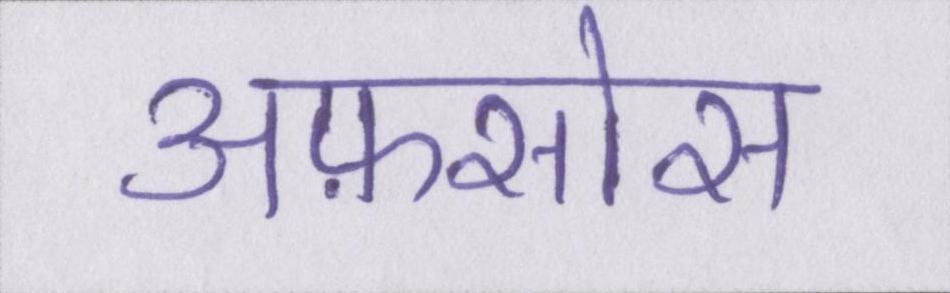
अफ़सोस